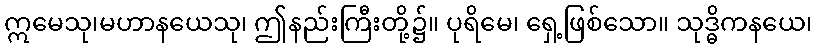
ဣမေသု၊မဟာနယေသု၊ ဤနည်းကြီးတို့၌။ ပုရိမေ၊ ရှေ့ဖြစ်သော။ သုဒ္ဓိကနယေ၊